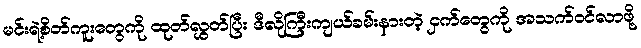
မင်းရဲ့စိတ်ကူးတွေကို ထုတ်လွှတ်ပြီး ဒီလိုကြီးကျယ်ခမ်းနားတဲ့ ငှက်တွေကို အသက်ဝင်လာဖို့